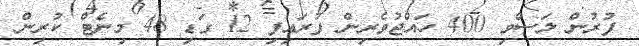
ފުރުން ލަސްވި 400 ހައްޖުވެރިން ފުރައިފި 12 ގަޑި 48 މިނެޓް ކުރިން